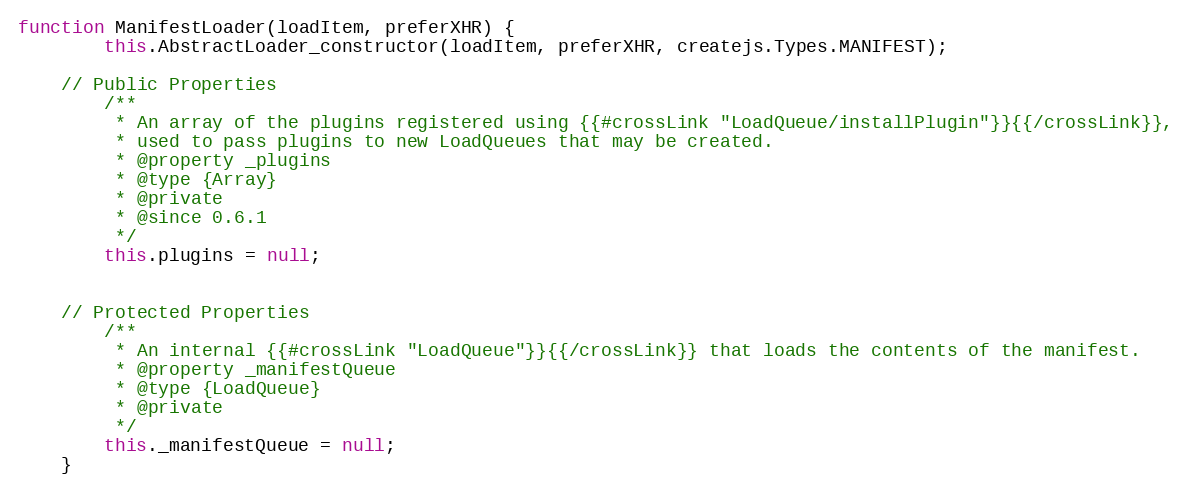
Language: JavaScript
function ManifestLoader(loadItem, preferXHR) {
		this.AbstractLoader_constructor(loadItem, preferXHR, createjs.Types.MANIFEST);

	// Public Properties
		/**
		 * An array of the plugins registered using {{#crossLink "LoadQueue/installPlugin"}}{{/crossLink}},
		 * used to pass plugins to new LoadQueues that may be created.
		 * @property _plugins
		 * @type {Array}
		 * @private
		 * @since 0.6.1
		 */
		this.plugins = null;

	// Protected Properties
		/**
		 * An internal {{#crossLink "LoadQueue"}}{{/crossLink}} that loads the contents of the manifest.
		 * @property _manifestQueue
		 * @type {LoadQueue}
		 * @private
		 */
		this._manifestQueue = null;
	}